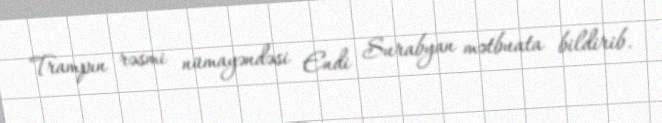
Trampın rəsmi nümayəndəsi Endi Surabyan mətbuata bildirib.